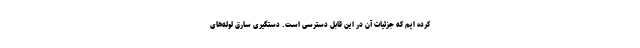
کرده ایم که جزئیات آن در این قابل دسترسی است. دستگیری سارق لوله‌های